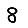
Digit: 8